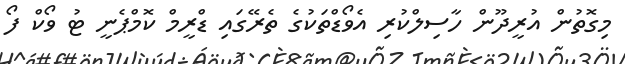
މިގޮތުން އުރީދޫން ހާސިލްކުރި އެވޯޑްތަކުގެ ތެރޭގައި ޑްރީމް ކޮމްޕެނީ ޓު ވޯކް ފޯ